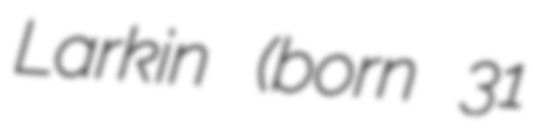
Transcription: Larkin (born 31